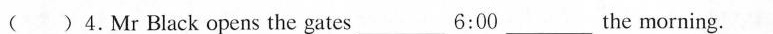
( )4.Mr Black opens the gates___6:00 the___morning.